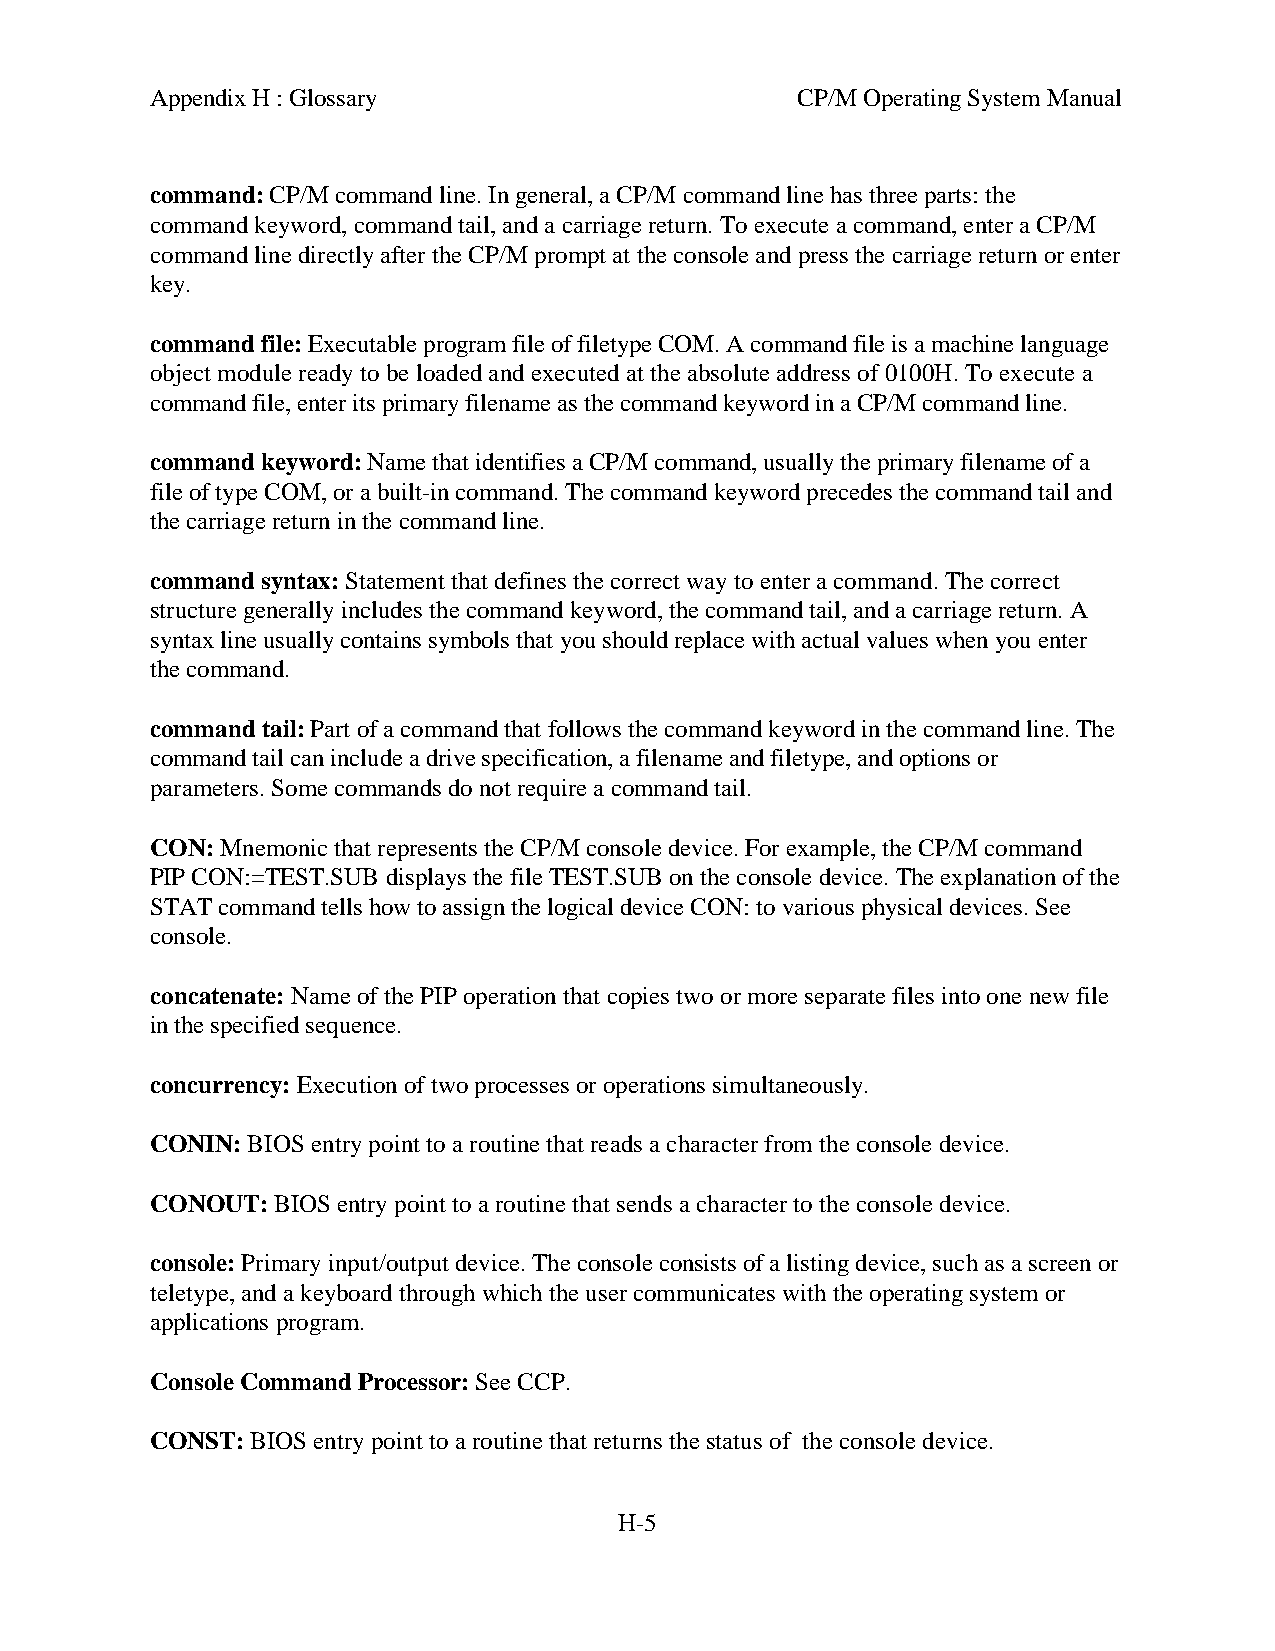
Appendix H : Glossary                      CP/M Operating System Manual
 command: CP/M command line. In general, a CP/M command line has three parts: the
 command keyword, command tail, and a carriage return. To execute a command, enter a CP/M
 command line directly after the CP/M prompt at the console and press the carriage return or enter
 key.
 command file: Executable program file of filetype COM. A command file is a machine language
 object module ready to be loaded and executed at the absolute address of 0100H. To execute a
 command file, enter its primary filename as the command keyword in a CP/M command line.
 command keyword: Name that identifies a CP/M command, usually the primary filename of a
 file of type COM, or a built-in command. The command keyword precedes the command tail and
 the carriage return in the command line.
 command syntax: Statement that defines the correct way to enter a command. The correct
 structure generally includes the command keyword, the command tail, and a carriage return. A
 syntax line usually contains symbols that you should replace with actual values when you enter
 the command.
 command tail: Part of a command that follows the command keyword in the command line. The
 command tail can include a drive specification, a filename and filetype, and options or
 parameters. Some commands do not require a command tail.
 CON: Mnemonic that represents the CP/M console device. For example, the CP/M command
 PIP CON:=TEST.SUB displays the file TEST.SUB on the console device. The explanation of the
 STAT command tells how to assign the logical device CON: to various physical devices. See
 console.
 concatenate: Name of the PIP operation that copies two or more separate files into one new file
 in the specified sequence.
 concurrency: Execution of two processes or operations simultaneously.
 CONIN: BIOS entry point to a routine that reads a character from the console device.
 CONOUT: BIOS entry point to a routine that sends a character to the console device.
 console: Primary input/output device. The console consists of a listing device, such as a screen or
 teletype, and a keyboard through which the user communicates with the operating system or
 applications program.
 Console Command Processor: See CCP.
 CONST: BIOS entry point to a routine that returns the status of the console device.
 H-5